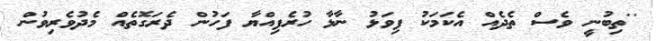
''ތިބުނީ ވެސް ތެދެއް އެކަމަކު ފިވަޅު ނާޅާ ހުރެފިއްޔާ ފަހުން ދެރަގޮތެއް މެދުވެރިވުން